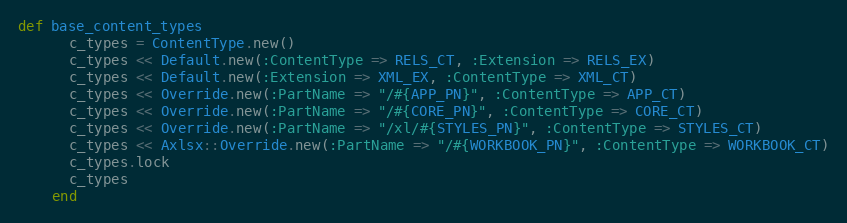
Language: Ruby
def base_content_types
      c_types = ContentType.new()
      c_types << Default.new(:ContentType => RELS_CT, :Extension => RELS_EX)
      c_types << Default.new(:Extension => XML_EX, :ContentType => XML_CT)
      c_types << Override.new(:PartName => "/#{APP_PN}", :ContentType => APP_CT)
      c_types << Override.new(:PartName => "/#{CORE_PN}", :ContentType => CORE_CT)
      c_types << Override.new(:PartName => "/xl/#{STYLES_PN}", :ContentType => STYLES_CT)
      c_types << Axlsx::Override.new(:PartName => "/#{WORKBOOK_PN}", :ContentType => WORKBOOK_CT)
      c_types.lock
      c_types
    end